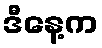
ဒီနေ့က